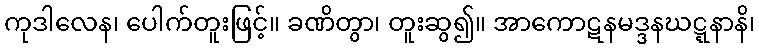
ကုဒါလေန၊ ပေါက်တူးဖြင့်။ ခဏိတွာ၊ တူးဆွ၍။ အာကောဋနမဒ္ဒနဃဋ္ဋနာနိ၊